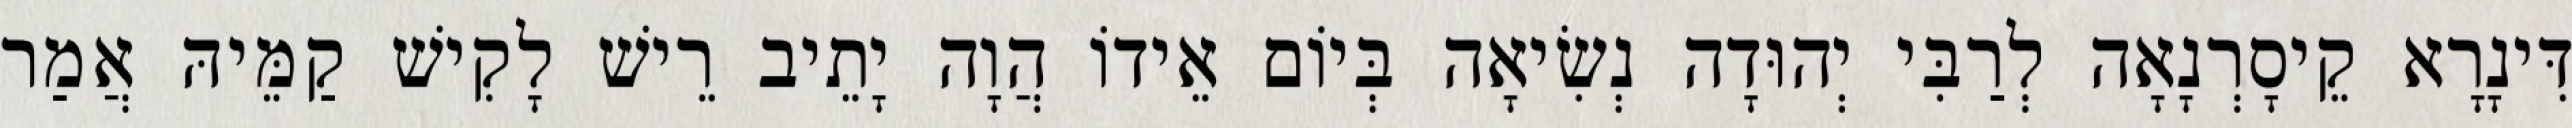
דִּינָרָא קֵיסָרְנָאָה לְרַבִּי יְהוּדָה נְשִׂיאָה בְּיוֹם אֵידוֹ הֲוָה יָתֵיב רֵישׁ לָקִישׁ קַמֵּיהּ אֲמַר